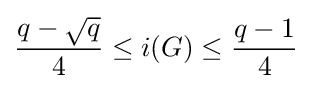
\displaystyle {\frac {q-{\sqrt {q}}}{4}}\leq i(G)\leq {\frac {q-1}{4}}